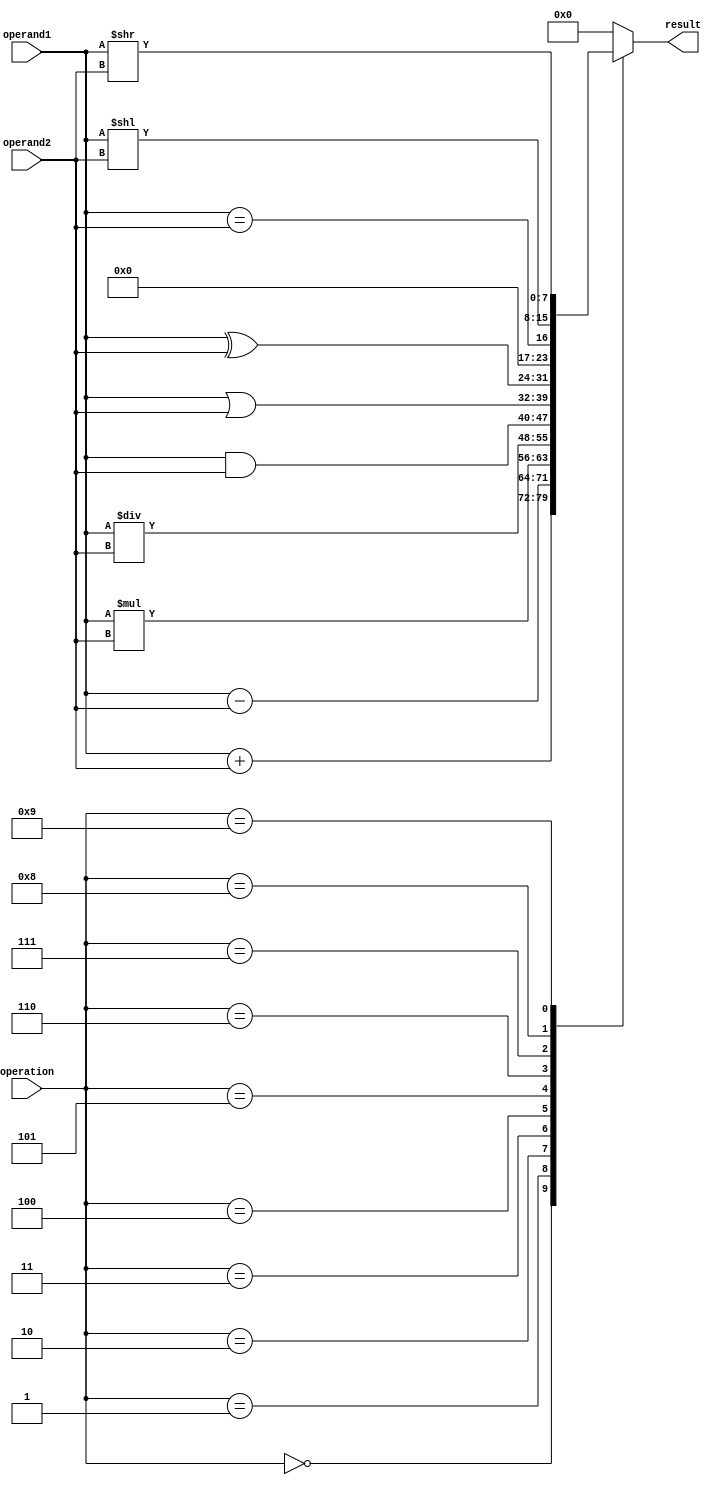
module ALU(
    input wire [7:0] operand1,
    input wire [7:0] operand2,
    input wire [3:0] operation,
    output reg [7:0] result
);

// Functional block for Addition
always @*
begin
    case(operation)
        4'b0000: result = operand1 + operand2; // Addition
        4'b0001: result = operand1 - operand2; // Subtraction
        4'b0010: result = operand1 * operand2; // Multiplication
        4'b0011: result = operand1 / operand2; // Division
        4'b0100: result = operand1 & operand2; // AND operation
        4'b0101: result = operand1 | operand2; // OR operation
        4'b0110: result = operand1 ^ operand2; // XOR operation
        4'b0111: result = (operand1 == operand2); // Comparison
        4'b1000: result = operand1 << operand2; // Left shift
        4'b1001: result = operand1 >> operand2; // Right shift
        default: result = 8'b0; // Default to 0
    endcase
end

endmodule